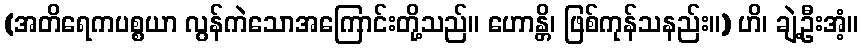
(အတိရေကပစ္စယာ လွန်ကဲသောအကြောင်းတို့သည်။ ဟောန္တိ၊ ဖြစ်ကုန်သနည်း။) ဟိ၊ ချဲ့ဦးအံ့။